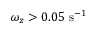
\omega _ { z } > 0 . 0 5 \ \mathrm { s ^ { - 1 } }